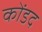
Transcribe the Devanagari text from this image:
कोंडद